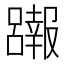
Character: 𱘖